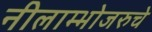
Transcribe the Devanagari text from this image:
नीलाम्भोजरुचे